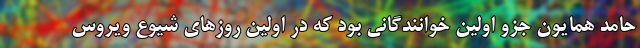
حامد همایون جزو اولین خوانندگانی بود که در اولین روزهای شیوع ویروس